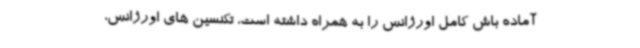
آماده باش کامل اورژانس را به همراه داشته است، تکنسین های اورژانس،